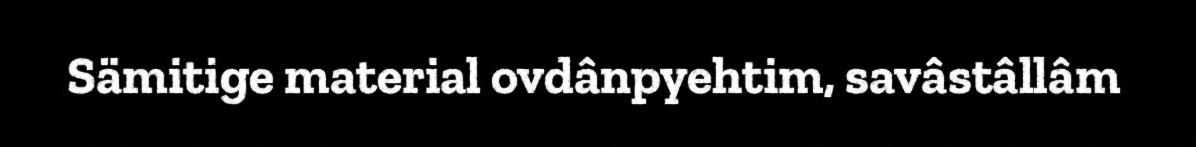
Sämitige material ovdânpyehtim, savâstâllâm